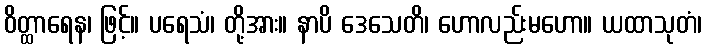
ဝိတ္ထာရေန၊ ဖြင့်။ ပရေသံ၊ တို့အား။ နာပိ ဒေသေတိ၊ ဟောလည်းမဟော။ ယထာသုတံ၊